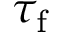
\tau _ { \mathrm { f } }